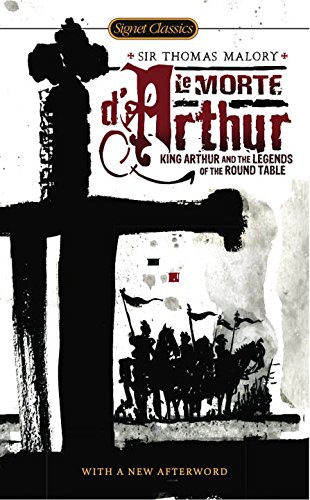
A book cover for Le Morte D'Arthur: King Arthur and the Legends of the Round Table (Signet Classics); Thomas Malory; Literature & Fiction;